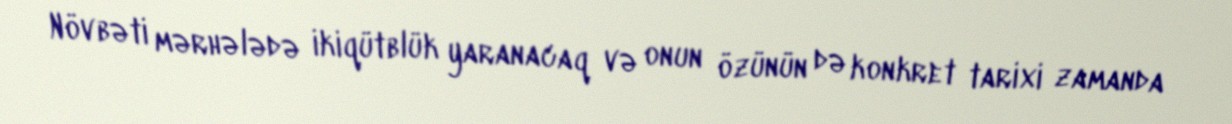
Növbəti mərhələdə ikiqütblük yaranacaq və onun özünün də konkret tarixi zamanda